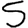
Digit: 5